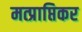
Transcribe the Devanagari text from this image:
मत्प्राप्तिकर